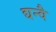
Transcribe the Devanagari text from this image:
द्यन्वै